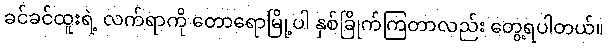
ခင်ခင်ထူးရဲ့ လက်ရာကို တောရောမြို့ပါ နှစ်ခြိုက်ကြတာလည်း တွေ့ရပါတယ်။